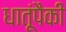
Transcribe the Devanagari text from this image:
धातूंपैकी